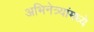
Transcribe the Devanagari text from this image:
अभिनेत्र्यांमध्ये